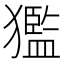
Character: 㺝